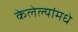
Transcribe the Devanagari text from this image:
केलेल्यांमधे